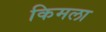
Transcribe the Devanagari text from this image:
किमला